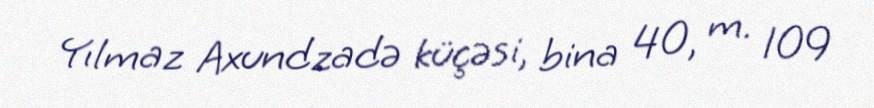
Yılmaz Axundzadə küçəsi, bina 40, m. 109